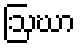
ဩဃာ